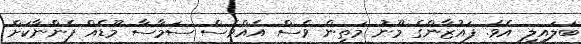
ބަލައިލި އެވެ. ފައުޒާންގެ މޫނު މަތިން ވެސް އެއްވެސް ސަމާސާ މޫޑެއް ފެންނާކަށް